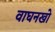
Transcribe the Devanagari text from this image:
वाघनखो